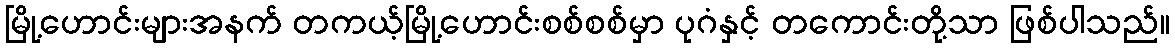
မြို့ဟောင်းများအနက် တကယ့်မြို့ဟောင်းစစ်စစ်မှာ ပုဂံနှင့် တကောင်းတို့သာ ဖြစ်ပါသည်။